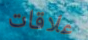
علاقات